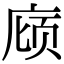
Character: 庼